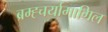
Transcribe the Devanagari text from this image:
ब्रम्ह्चर्यामागिल